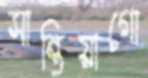
সান্তিয়াগো